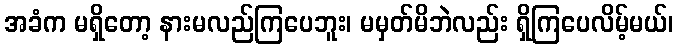
အခံက မရှိတော့ နားမလည်ကြပေဘူး၊ မမှတ်မိဘဲလည်း ရှိကြပေလိမ့်မယ်၊